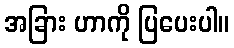
အခြား ဟာကို ပြပေးပါ။